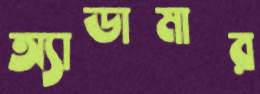
অ্যাডামার